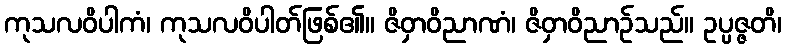
ကုသလဝိပါကံ၊ ကုသလဝိပါတ်ဖြစ်၏။ ဇိဝှာဝိညာဏံ၊ ဇိဝှာဝိညာဉ်သည်။ ဥပ္ပဇ္ဇတိ၊